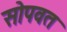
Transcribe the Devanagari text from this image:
सोपवत